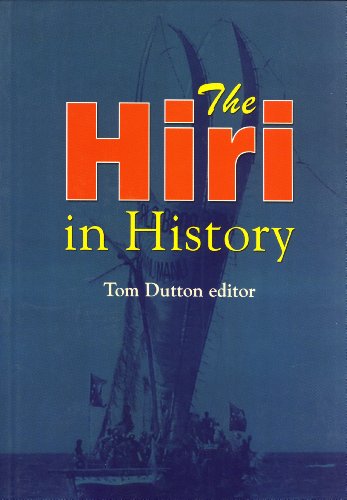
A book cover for The Hiri in History: Further Aspects of Long Distance Motu Trade in Central Papua; History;